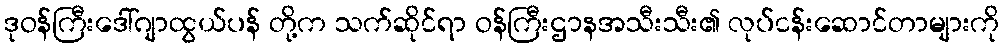
ဒုဝန်ကြီးဒေါ်ဂျာထွယ်ပန် တို့က သက်ဆိုင်ရာ ဝန်ကြီးဌာနအသီးသီး၏ လုပ်ငန်းဆောင်တာများကို